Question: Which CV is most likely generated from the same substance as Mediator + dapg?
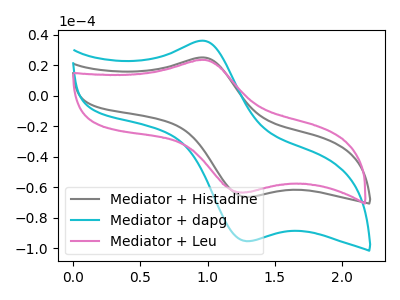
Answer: <think>The gray curve "Mediator + Histadine" has an anodic peak at (0.95V, 25.15uA) and a cathodic peak at (1.30V, -66.35uA). The cyan curve "Mediator + dapg" has an anodic peak at (0.95V, 36.15uA) and a cathodic peak at (1.30V, -95.40uA). The pink curve "Mediator + Leu" has an anodic peak at (0.95V, 23.50uA) and a cathodic peak at (1.30V, -63.35uA).
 All the peaks in "Mediator + Histadine" have a peak in "Mediator + dapg" at the same potential. Every peak in "Mediator + Histadine" is lower than every peak in "Mediator + dapg". All the peaks in "Mediator + Histadine" have a peak in "Mediator + Leu" at the same potential. Every peak in "Mediator + Histadine" is higher than every peak in "Mediator + Leu". All the peaks in "Mediator + dapg" have a peak in "Mediator + Leu" at the same potential. Every peak in "Mediator + dapg" is higher than every peak in "Mediator + Leu".</think>
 <answer>"Mediator + dapg" and "Mediator + Leu" have a similar shape to "Mediator + Histadine".</answer>
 <eval>"Mediator + dapg" "Mediator + Leu"</eval>